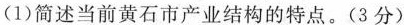
(1)简述当前黄石市产业结构的特点。(3分)